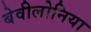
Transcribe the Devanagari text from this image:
बेवीलोनिया